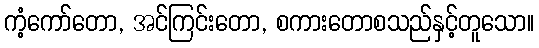
ကံ့ကော်တော, အင်ကြင်းတော, စကားတောစသည်နှင့်တူသော။